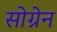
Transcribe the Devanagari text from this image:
सोग्रेन